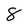
Character: 8